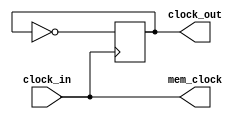
module clock_and_mem_clock(
	clock_in,
	clock_out,mem_clock
);

	input clock_in;
	output reg clock_out; 
	output mem_clock;
	
	assign mem_clock = clock_in;
	
	initial
	begin
		clock_out <= 0;
	end
	
	always @ (posedge clock_in)
	begin
		clock_out <= ~clock_out;
	end
	
endmodule